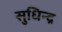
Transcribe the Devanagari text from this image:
सुधिन्द्र